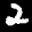
Label: 2